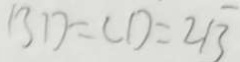
B D = C D = 2 \sqrt { 3 }